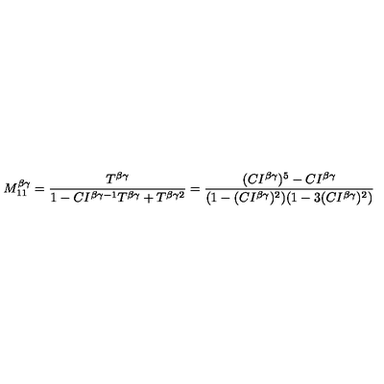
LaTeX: M _ { 1 1 } ^ { \beta \gamma } = \frac { T ^ { \beta \gamma } } { 1 - C I ^ { \beta \gamma - 1 } T ^ { \beta \gamma } + T ^ { \beta \gamma 2 } } = \frac { ( C I ^ { \beta \gamma } ) ^ { 5 } - C I ^ { \beta \gamma } } { ( 1 - ( C I ^ { \beta \gamma } ) ^ { 2 } ) ( 1 - 3 ( C I ^ { \beta \gamma } ) ^ { 2 } ) }